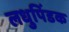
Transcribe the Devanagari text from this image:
लधुपिंडक